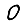
Digit: 0